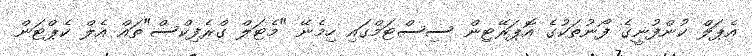
އެޕަލް ކުންފުނީގެ ފޯނުތަކުގެ އޮޕަރޭޓިން ސިސްޓަމްގައި ހިމެނޭ "މެޓަލް ގްރެފިކްސް"ތައް އެލް ކެޕްޓަން